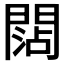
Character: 𨵍